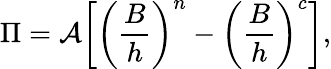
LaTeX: \Pi=\mathcal{A}\bigg[\bigg(\frac{B}{h}\bigg)^{n}-\bigg(\frac{B}{h}\bigg)^{c}\bigg],